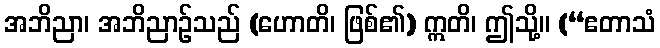
အဘိညာ၊ အဘိညာဉ်သည် (ဟောတိ၊ ဖြစ်၏) ဣတိ၊ ဤသို့။ (“ဧတာသံ